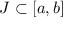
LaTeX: J \subset [ a , b ]